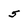
Character: 5